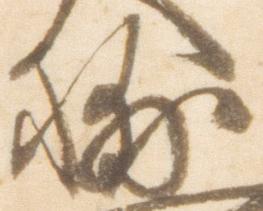
輔